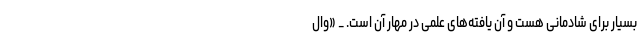
بسیار برای شادمانی هست و آن یافته‌های علمی در مهار آن است. _ «وال